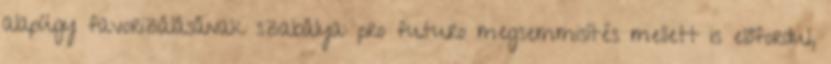
alapügy favorizálásának szabálya: pro futuro megsemmisítés mellett is előfordul,